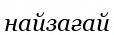
найзағай